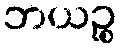
ဘယဉ္စ